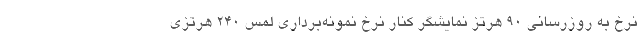
نرخ به روزرسانی 90 هرتز نمایشگر کنار نرخ نمونه‌برداری لمس 240 هرتزی